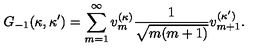
G _ { - 1 } ( \kappa , \kappa ^ { \prime } ) = \sum _ { m = 1 } ^ { \infty } v _ { m } ^ { ( \kappa ) } \frac { 1 } { \sqrt { m ( m + 1 ) } } v _ { m + 1 } ^ { ( \kappa ^ { \prime } ) } .